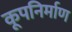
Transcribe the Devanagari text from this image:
कूपनिर्माण